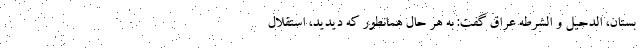
بستان، الدحیل و الشرطه عراق گفت: به هر حال همانطور که دیدید، استقلال